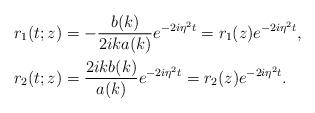
LaTeX: \begin{align*}&r_1(t;z)=-\frac{b(k)}{2ik a(k)}e^{-2i\eta^2 t} = r_{1 }( z)e^{-2i\eta^2 t}, \\& r_2(t;z)=\frac{2ikb(k)}{a(k)}e^{-2i\eta^2 t}= r_{2 }( z)e^{-2i\eta^2 t}. \end{align*}